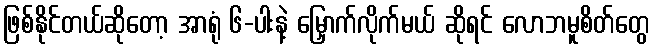
ဖြစ်နိုင်တယ်ဆိုတော့ အာရုံ ၆-ပါးနဲ့ မြှောက်လိုက်မယ် ဆိုရင် လောဘမူစိတ်တွေ